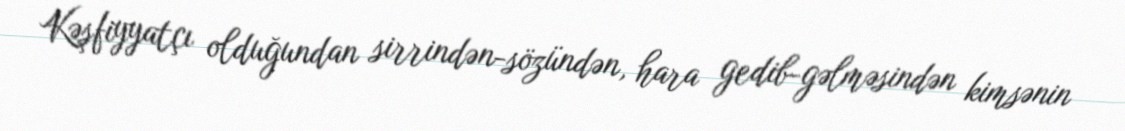
Kəşfiyyatçı olduğundan sirrindən-sözündən, hara gedib-gəlməsindən kimsənin